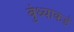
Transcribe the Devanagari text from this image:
बुंध्याकडे